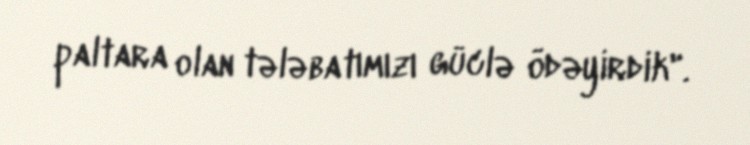
paltara olan tələbatımızı güclə ödəyirdik".